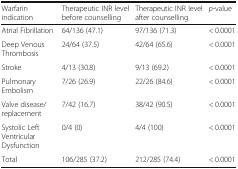
<table><thead><tr><td><b>Warfarin indication</b></td><td><b>Therapeutic INR level before counselling</b></td><td><b>Therapeutic INR level after counselling</b></td><td><b><i>p</i>-value</b></td></tr></thead><tbody><tr><td>Atrial Fibrillation</td><td>64/136 (47.1)</td><td>97/136 (71.3)</td><td>&lt; 0.0001</td></tr><tr><td>Deep Venous Thrombosis</td><td>24/64 (37.5)</td><td>42/64 (65.6)</td><td>&lt; 0.0001</td></tr><tr><td>Stroke</td><td>4/13 (30.8)</td><td>9/13 (69.2)</td><td>&lt; 0.0001</td></tr><tr><td>Pulmonary Embolism</td><td>7/26 (26.9)</td><td>22/26 (84.6)</td><td>&lt; 0.0001</td></tr><tr><td>Valve disease/replacement</td><td>7/42 (16.7)</td><td>38/42 (90.5)</td><td>&lt; 0.0001</td></tr><tr><td>Systolic Left Ventricular Dysfunction</td><td>0/4 (0)</td><td>4/4 (100)</td><td>&lt; 0.0001</td></tr><tr><td>Total</td><td>106/285 (37.2)</td><td>212/285 (74.4)</td><td>&lt; 0.0001</td></tr></tbody></table>